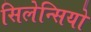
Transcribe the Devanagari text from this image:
सिलेन्सियो